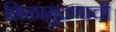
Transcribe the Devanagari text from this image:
शिळामुद्रणाची